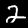
Digit: 2